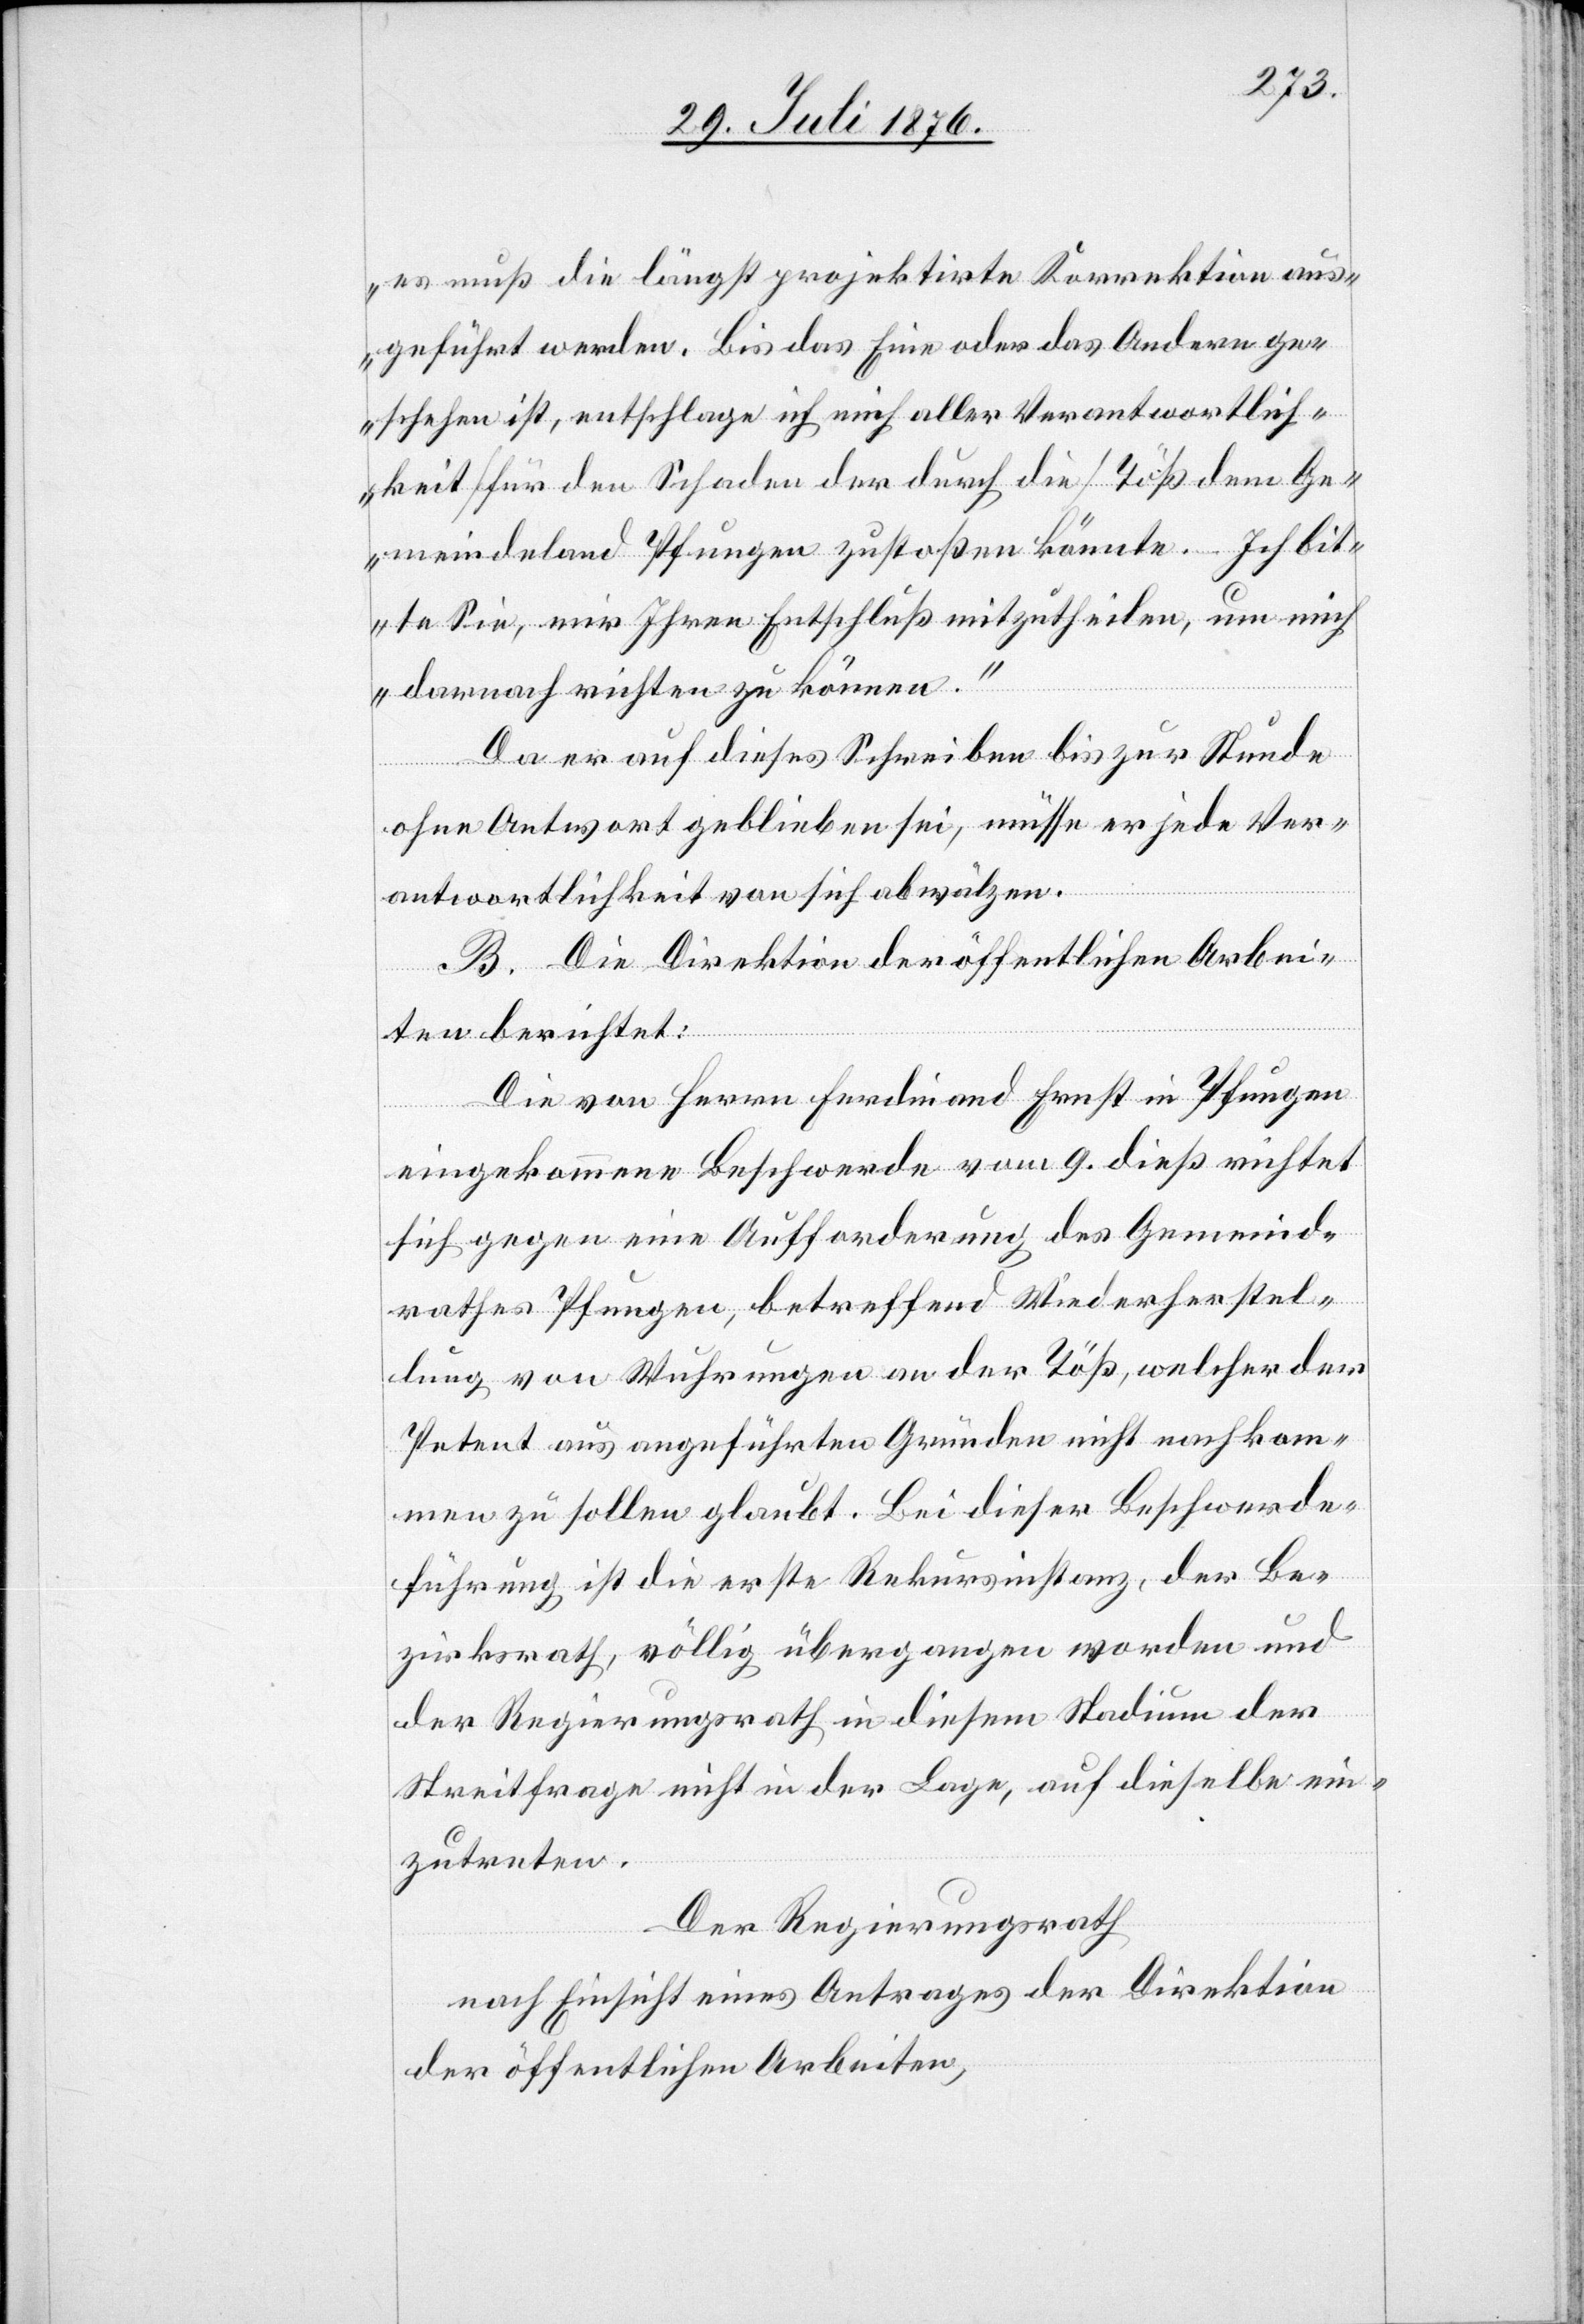
es muß die längst projektirte Korrektion aus¬
geführt werden. Bis das Eine oder das Andere ge¬
schehen ist, entschlage ich mich aller Verantwortlich¬
keit [für den Schaden der durch die] Töß dem Ge¬
meindeland Pfungen zustoßen könnte. Ich bit¬
te Sie, mir Ihren Entschluß mitzutheilen um mich
darnach richten zu können.“
Da er auf dieses Schreiben bis zur Stunde
ohne Antwort geblieben sei, müsse er jede Ver¬
antwortlichkeit von sich abwälzen.
B. Die Direktion der öffentlichen Arbei¬
ten berichtet:
Die von Herrn Ferdinand Ernst in Pfungen
eingekommene Beschwerde vom 9. dieß richtet
sich gegen eine Aufforderung des Gemeind¬
rathes Pfungen, betreffend Wiederherstel¬
lung von Wuhrungen an der Töß, welcher der
Petent aus angeführten Gründen nicht nachkom¬
men zu sollen glaubt. Bei dieser Beschwerde¬
führung ist die erste Rekursinstanz, der Be¬
zirksrath, völlig übergangen worden und
der Regierungsrath in diesem Stadium der
Streitfrage nicht in der Lage, auf dieselbe ein¬
zutreten.
Der Regierungsrath,
nach Einsicht eines Antrages der Direktion
der öffentlichen Arbeiten,